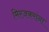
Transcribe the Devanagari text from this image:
मिरजकरांना